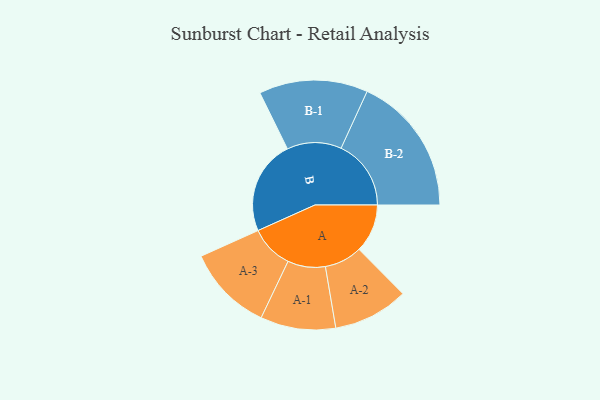
{"axis": {"x": "Segment", "y": "Value"}, "legend": ["", "A", "B"], "data": [{"x": "A", "y": 202, "type": ""}, {"x": "B", "y": 393, "type": ""}, {"x": "A-1", "y": 157, "type": "A"}, {"x": "A-2", "y": 157, "type": "A"}, {"x": "A-3", "y": 180, "type": "A"}, {"x": "B-1", "y": 227, "type": "B"}, {"x": "B-2", "y": 292, "type": "B"}]}